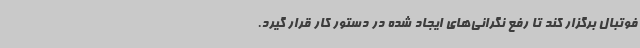
فوتبال برگزار کند تا رفع نگرانی‌های ایجاد شده در دستور کار قرار گیرد.